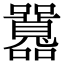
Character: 𡅻